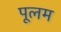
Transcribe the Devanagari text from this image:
पूलम